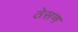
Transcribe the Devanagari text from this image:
ठेसण